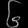
Digit: ၆